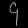
Digit: ၄